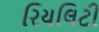
રિયલિટી